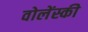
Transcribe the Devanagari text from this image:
वोलेंस्की